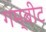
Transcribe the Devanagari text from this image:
गम्बीट